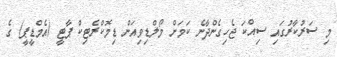
މި ސަރުކާރުގައި ސިއްކަ ޖެހިގެންދާނެ ކަމަށް މޯލްޑިވިއަން ޑިމޮކްރެޓިކް ޕާޓީ (އެމްޑީޕީ) ގެ